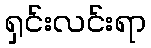
ရှင်းလင်းရာ